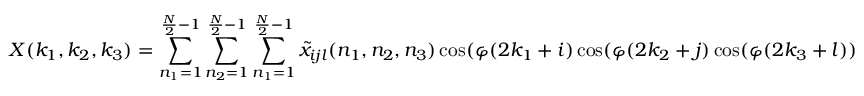
X ( k _ { 1 } , k _ { 2 } , k _ { 3 } ) = \sum _ { n _ { 1 } = 1 } ^ { { \frac { N } { 2 } } - 1 } \sum _ { n _ { 2 } = 1 } ^ { { \frac { N } { 2 } } - 1 } \sum _ { n _ { 1 } = 1 } ^ { { \frac { N } { 2 } } - 1 } { \tilde { x } } _ { i j l } ( n _ { 1 } , n _ { 2 } , n _ { 3 } ) \cos ( \varphi ( 2 k _ { 1 } + i ) \cos ( \varphi ( 2 k _ { 2 } + j ) \cos ( \varphi ( 2 k _ { 3 } + l ) )